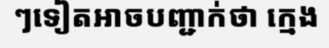
ៗទៀតអាចបញ្ជាក់ថា ក្មេង